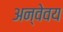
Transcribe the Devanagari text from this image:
अन्वेवय